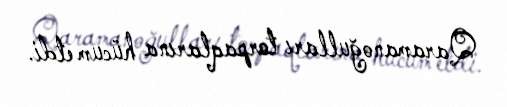
Qaramanoğulları torpaqlarına hücum etdi.